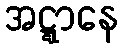
အဋ္ဋာနေ